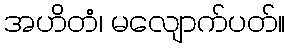
အဟိတံ၊ မလျောက်ပတ်။